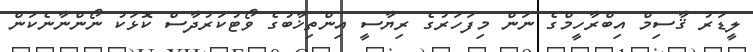
ލީޑަރު ޤާސިމް އިބްރާހީމްގެ ނަން މިފަހަރުގެ ރިޔާސީ އިންތިޚާބުގެ ވޯޓުކަރުދާސް ކޮޅަކު ނޯންނާނެކަން